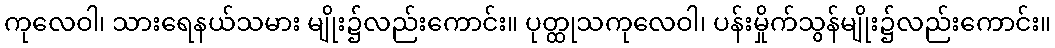
ကုလေဝါ၊ သားရေနယ်သမား မျိုး၌လည်းကောင်း။ ပုတ္ထုသကုလေဝါ၊ ပန်းမှိုက်သွန်မျိုး၌လည်းကောင်း။